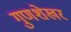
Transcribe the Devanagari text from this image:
गुणशेखर